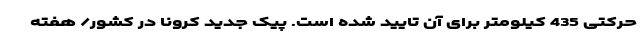
حرکتی 435 کیلومتر برای آن تایید شده است. پیک جدید کرونا در کشور/ هفته